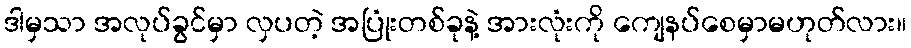
ဒါမှသာ အလုပ်ခွင်မှာ လှပတဲ့ အပြုံးတစ်ခုနဲ့ အားလုံးကို ကျေနပ်စေမှာမဟုတ်လား။